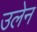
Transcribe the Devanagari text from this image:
उलेन